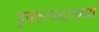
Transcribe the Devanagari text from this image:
पुनरुत्पादनाचा